Report on the bubonic plague in Bombay, 1896-1897
Year: 1896
Disease focus: Plague
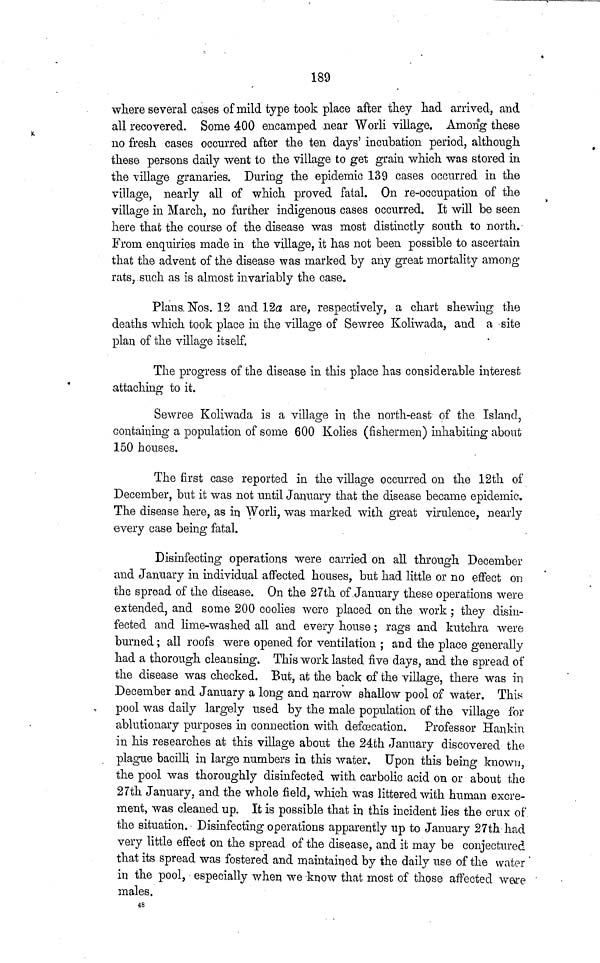
189
where several cases of mild type took place after they had arrived, and
all recovered. Some 400 encamped near Worli village. Among these
no fresh cases occurred after the ten days' incubation period, although
these persons daily went to the village to get grain which was stored in
the village granaries. During the epidemic 139 cases occurred in the
village, nearly all of which proved fatal. On re-occupation of the
village in March, no further indigenous cases occurred. It will be seen
here that the course of the disease was most distinctly south to north.
From enquiries made in the village, it has not been possible to ascertain
that the advent of the disease was marked by any great mortality among
rats, such as is almost invariably the case.
Plans. Nos. 12 and 12a are, respectively, a chart shewing the
deaths which took place in the village of Sewree Koliwada, and a site
plan of the village itself.
The progress of the disease in this place has considerable interest
attaching to it.
Sewree Koliwada is a village in the north-east of the Island,
containing a population of some 600 Kolies (fishermen) inhabiting about
150 houses.
The first case reported in the village occurred on the 12th of
December, but it was not until January that the disease became epidemic.
The disease here, as in Worli, was marked with great virulence, nearly
every case being fatal.
Disinfecting operations were carried on all through December
and January in individual affected houses, but had little or no effect on
the spread of the disease. On the 27th of January these operations were
extended, and some 200 coolies were placed on the work ; they disin-
fected and lime-washed all and every house ; rags and kutchra were
burned ; all roofs were opened for ventilation ; and the place generally
had a thorough cleansing. This work lasted five days, and the spread of
the disease was checked. But, at the back of the village, there was in
December and January a long and narrow shallow pool of water. This
pool was daily largely used by the male population of the village for
ablutionary purposes in connection with defecation. Professor Hankin
in his researches at this village about the 24th January discovered the
plague bacilli in large numbers in this water. Upon this being known,
the pool was thoroughly disinfected with carbolic acid on or about the
27th January, and the whole field, which was littered with human excre-
ment, was cleaned up. It is possible that in this incident lies the crux of
the situation. Disinfecting operations apparently up to January 27th had
very little effect on the spread of the disease, and it may be conjectured
that its spread was fostered and maintained by the daily use of the water
in the pool, especially when we know that most of those affected were
males.
48